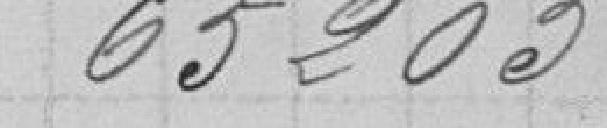
65.205